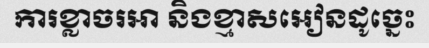
ការខ្លាចរអា និងខ្មាសអៀនដូច្នេះ